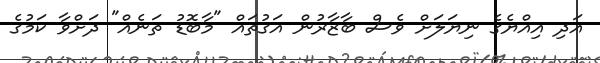
އަދި އިއްޔެގެ ނިޔަލަށް ވެސް ބާޒާރުން އަގުތައް "މާބޮޑު ތަނެއް" ދަށްވާ ކަމުގެ